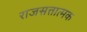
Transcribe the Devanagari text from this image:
राजसत्तात्मक